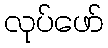
လုပ်ဖော်